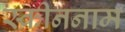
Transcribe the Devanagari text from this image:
स्क्रीननाम